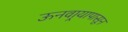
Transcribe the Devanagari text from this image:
ऊनवार्‍यापासून